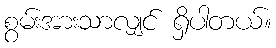
စွမ်းအားသာလျှင် ရှိပါတယ်။